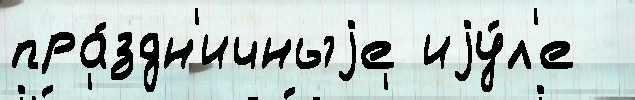
пра́здн'ичныjе иjу́л'е